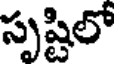
స్పష్టిలో